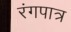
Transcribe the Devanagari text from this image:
रंगपात्र